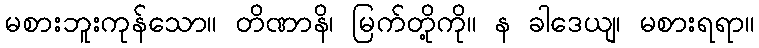
မစားဘူးကုန်သော။ တိဏာနိ၊ မြက်တို့ကို။ န ခါဒေယျ၊ မစားရရာ။